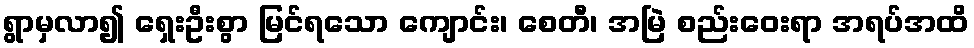
ရွာမှလာ၍ ရှေးဦးစွာ မြင်ရသော ကျောင်း၊ စေတီ၊ အမြဲ စည်းဝေးရာ အရပ်အထိ